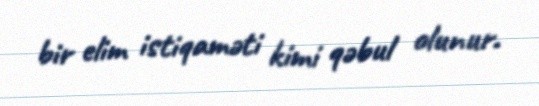
bir elim istiqaməti kimi qəbul olunur.